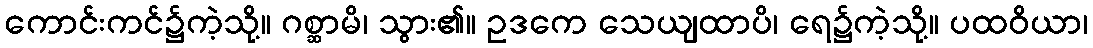
ကောင်းကင်၌ကဲ့သို့။ ဂစ္ဆာမိ၊ သွား၏။ ဥဒကေ သေယျထာပိ၊ ရေ၌ကဲ့သို့။ ပထဝိယာ၊